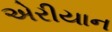
એરીયાન